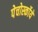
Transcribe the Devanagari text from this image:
पेचोर्स्कोये